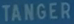
TANGER